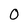
Character: 0